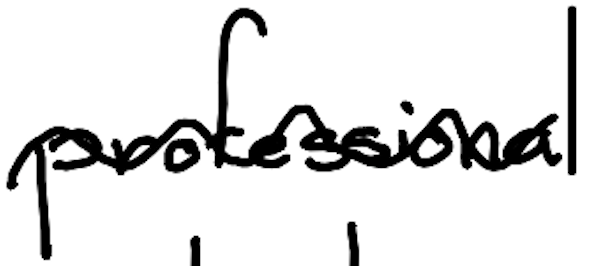
Text: professional
Cross-out: wave
Writing tool: digital_black